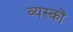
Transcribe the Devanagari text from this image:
व्‍यस्‍कों